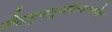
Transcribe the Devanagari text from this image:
सीतानुजानुगतविन्ध्यवनप्रवासिन्।